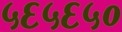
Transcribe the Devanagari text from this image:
५६५६५०